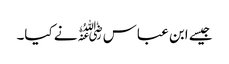
جیسے ابن عباس﷜نے کیا۔